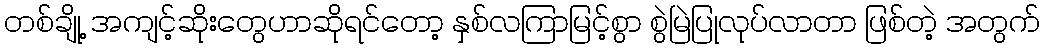
တစ်ချို့ အကျင့်ဆိုးတွေဟာဆိုရင်တော့ နှစ်လကြာမြင့်စွာ စွဲမြဲပြုလုပ်လာတာ ဖြစ်တဲ့ အတွက်